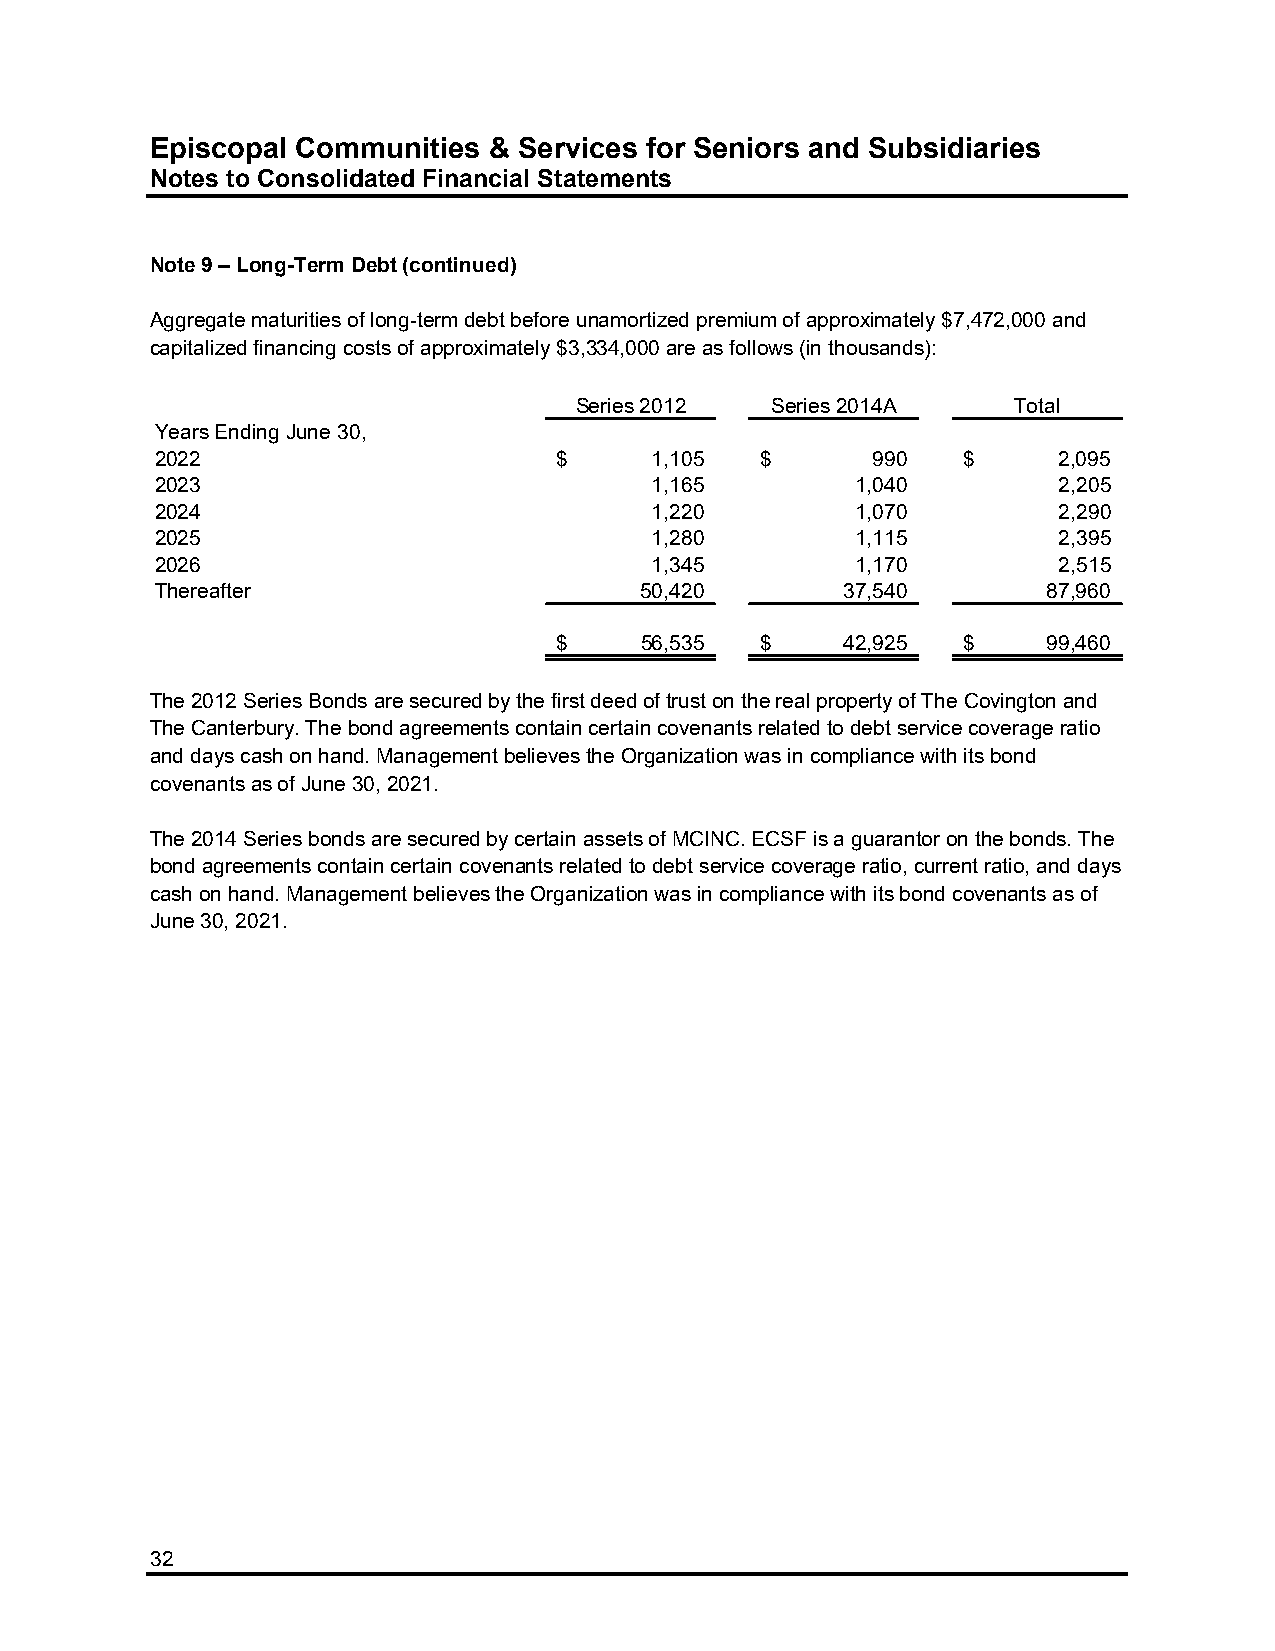
Episcopal Communities & Services for Seniors and Subsidiaries
 Notes to Consolidated Financial Statements
 Note 9 – Long-Term Debt (continued)
 Aggregate maturities of long-term debt before unamortized premium of approximately $7,472,000 and
 capitalized financing costs of approximately $3,334,000 are as follows (in thousands):
 Series 2012  Series 2014A    Total
 Years Ending June 30,
 2022                       $     1,105  $       990   $     2,095
 2023                             1,165         1,040        2,205
 2024                             1,220         1,070        2,290
 2025                             1,280         1,115        2,395
 2026                             1,345         1,170        2,515
 Thereafter                      50,420        37,540       87,960
 $    56,535  $     42,925  $    99,460
 The 2012 Series Bonds are secured by the first deed of trust on the real property of The Covington and
 The Canterbury. The bond agreements contain certain covenants related to debt service coverage ratio
 and days cash on hand. Management believes the Organization was in compliance with its bond
 covenants as of June 30, 2021.
 The 2014 Series bonds are secured by certain assets of MCINC. ECSF is a guarantor on the bonds. The
 bond agreements contain certain covenants related to debt service coverage ratio, current ratio, and days
 cash on hand. Management believes the Organization was in compliance with its bond covenants as of
 June 30, 2021.
 32